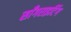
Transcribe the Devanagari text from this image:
साँगराइटिंग